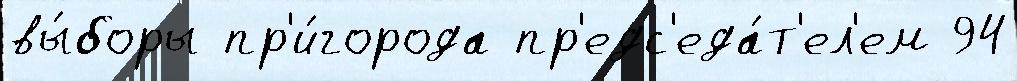
вы́боры пр'и́города пр'едс'еда́т'ел'ем 94